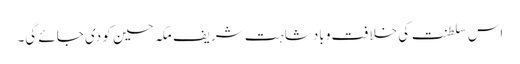
اس سلطنت کی خلافت و بادشاہت شریف مکہ حسین کو دی جائے گی۔